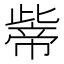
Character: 𱜶